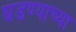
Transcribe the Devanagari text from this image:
घडण्याच्या